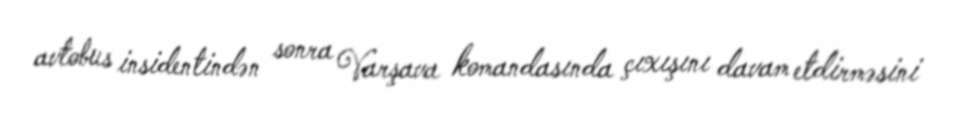
avtobus insidentindən sonra Varşava komandasında çıxışını davam etdirməsini